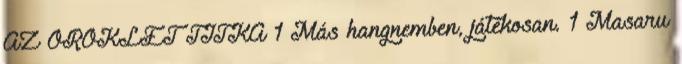
AZ ÖRÖKLÉT TITKA 1 Más hangnemben, játékosan. 1 Masaru